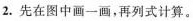
2. 先在图中画一画，再列式计算。